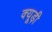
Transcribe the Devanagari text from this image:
क्यूड़ी